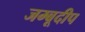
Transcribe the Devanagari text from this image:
जम्बूदीप